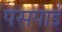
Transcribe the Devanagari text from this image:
पसपाई